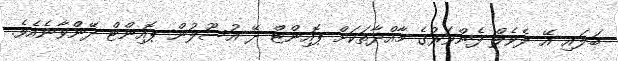
ބަލައި އޭ ލެވެލް ފެންވަރުގެ މާއްދާތަކަށް ޕޮއިންޓް ދޭ އުސޫލުން ޕޮއިންޓް ދޭންވާނެއެވެ.